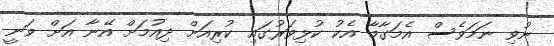
ނުވި ނަމަވެސް އެމަގާމާ އެކު ކުޅިވަރުގައި ކުރިއަށް ދިއުމަށް އޭނާ އަށް ވަނީ